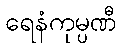
ရေနံကုမ္ပဏီ